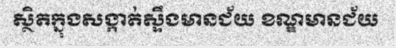
ស្ថិតក្នុងសង្កាត់ស្ទឹងមានជ័យ ខណ្ឌមានជ័យ